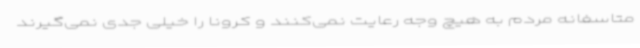
متاسفانه مردم به هیچ وجه رعایت نمی‌کنند و کرونا را خیلی جدی نمی‌گیرند